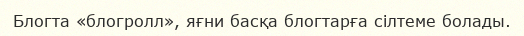
Блогта «блогролл», яғни басқа блогтарға сілтеме болады.